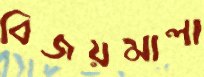
বিজয়মালা